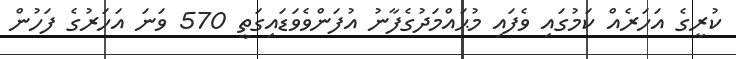
ކުރީގެ އަހަރެއް ކަމުގައި ވެފައި މުޙައްމަދުގެފާނު އުފަންވެވަޑައިގަތީ 570 ވަނަ އަހަރުގެ ފަހުން